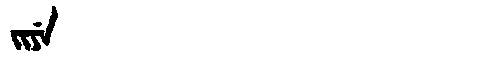
Manchu: ᠵᡳᠶᡝ
Romanization: JIYE